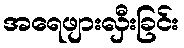
အရေဖျားလှီးခြင်း